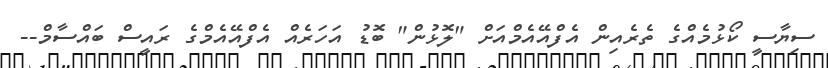
ސިޔާސީ ކޯޅުމެއްގެ ތެރެއިން އެފްއޭއެމްއަށް "ލޮޅުން" ބޮޑު އަހަރެއް އެފްއޭއެމްގެ ރައީސް ބައްސާމް--